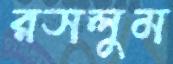
রসলুম